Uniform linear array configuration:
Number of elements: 12
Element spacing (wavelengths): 1
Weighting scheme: hamming
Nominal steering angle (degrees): -15
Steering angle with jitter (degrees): -15.094
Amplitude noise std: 0.05
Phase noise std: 0.05

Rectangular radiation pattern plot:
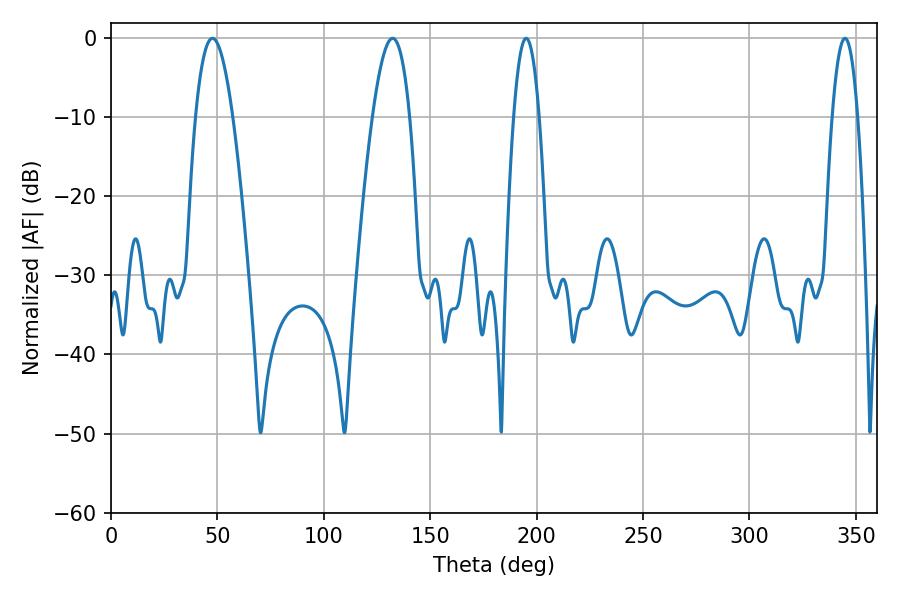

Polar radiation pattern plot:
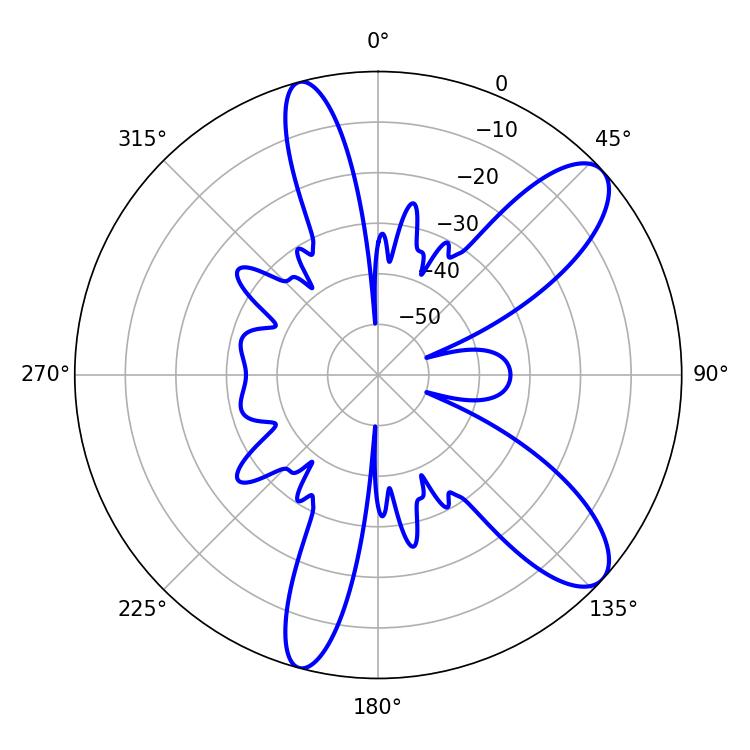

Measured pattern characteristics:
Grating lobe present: TRUE
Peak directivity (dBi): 9.954
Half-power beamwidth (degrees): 6.48
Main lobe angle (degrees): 195.12